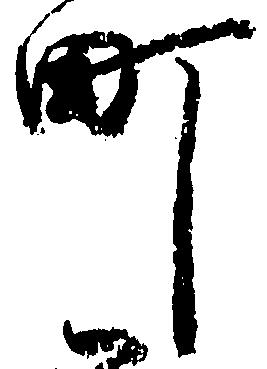
町